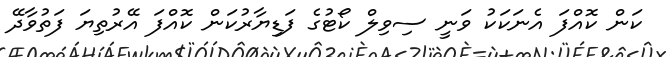
ކަން ކޮއްފަ އެނަކަކު ވަނީ ސިވިލް ކޯޓުގެ ފަޑިޔާރުކަން ކޮއްފަ އޭރުތިޔަ ފަތުވާދޭ